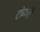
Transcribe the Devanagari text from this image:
टोणगे